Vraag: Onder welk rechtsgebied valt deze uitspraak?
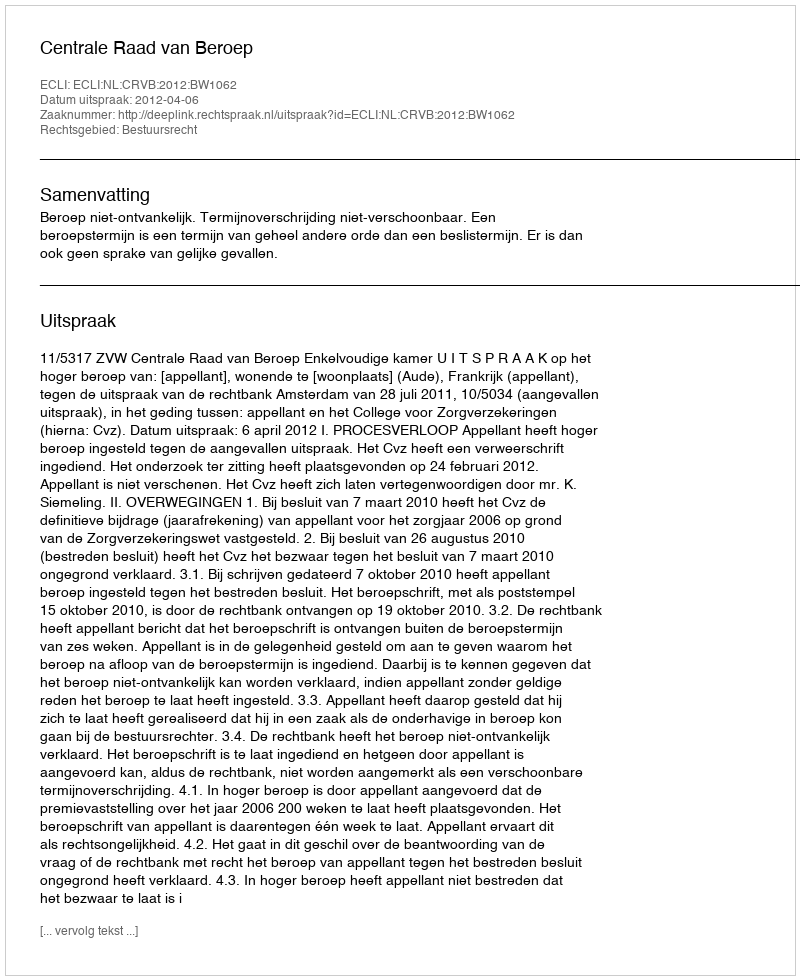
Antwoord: Bestuursrecht